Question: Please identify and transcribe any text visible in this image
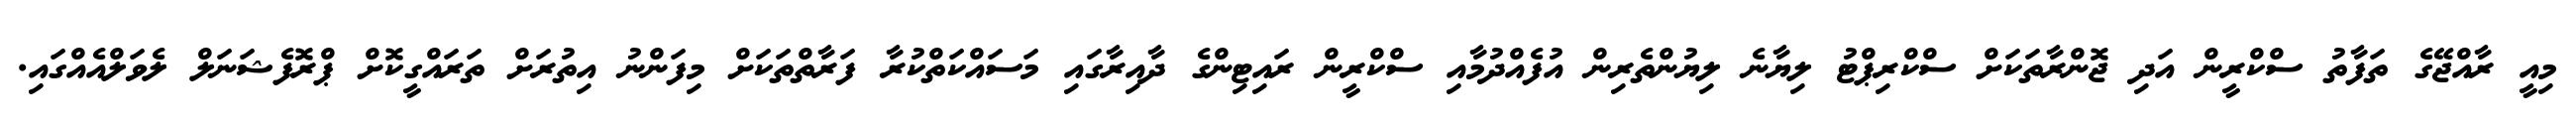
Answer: މިއީ ރާއްޖޭގެ ތަފާތު ސްކްރީން އަދި ޖޮންރާތަކަށް ސްކްރިޕްޓު ލިޔާނެ ލިޔުންތެރިން އުފެއްދުމާއި ސްކްރީން ރައިޓިންގެ ދާއިރާގައި މަސައްކަތްކުރާ ފަރާތްތަކަށް މިފަންނު އިތުރަށް ތަރައްގީކޮށް ޕްރޮފެޝަނަލް ލެވަލްއެއްގައި.